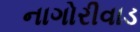
નાગોરીવાડ